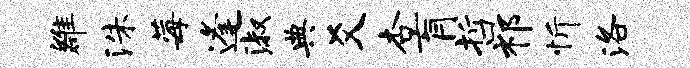
雒洙莓逢淑典爻杏肓哲祁忻洛